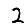
Digit: 2